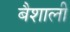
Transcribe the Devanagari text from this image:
बैशाली